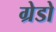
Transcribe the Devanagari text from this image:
ग्रेडो